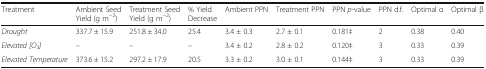
<table><thead><tr><td><b>Treatment</b></td><td><b>Ambient Seed Yield (g m<sup>−2</sup>)</b></td><td><b>Treatment Seed Yield (g m<sup>−2</sup>)</b></td><td><b>% Yield Decrease</b></td><td><b>Ambient PPN</b></td><td><b>Treatment PPN</b></td><td><b>PPN <i>p</i>-value</b></td><td><b>PPN d.f.</b></td><td><b>Optimal α</b></td><td><b>Optimal β</b></td></tr></thead><tbody><tr><td><i>Drought</i></td><td>337.7 ± 15.9</td><td>251.8 ± 34.0</td><td>25.4</td><td>3.4 ± 0.3</td><td>2.7 ± 0.1</td><td>0.181‡</td><td>2</td><td>0.38</td><td>0.40</td></tr><tr><td><i>Elevated [O</i><sub><i>3</i></sub><i>]</i></td><td>–</td><td>–</td><td>–</td><td>3.4 ± 0.2</td><td>2.8 ± 0.2</td><td>0.120‡</td><td>3</td><td>0.33</td><td>0.39</td></tr><tr><td><i>Elevated Temperature</i></td><td>373.6 ± 15.2</td><td>297.2 ± 17.9</td><td>20.5</td><td>3.3 ± 0.2</td><td>3.0 ± 0.1</td><td>0.144‡</td><td>3</td><td>0.33</td><td>0.39</td></tr></tbody></table>